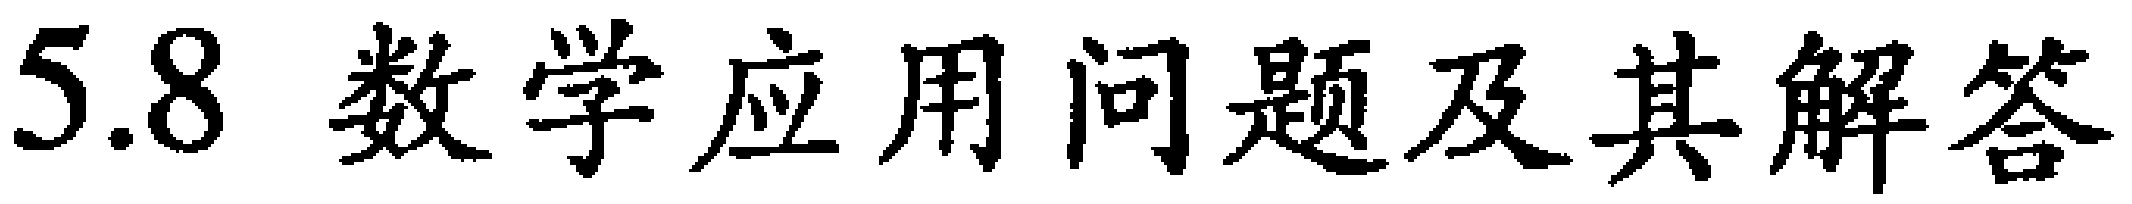
$5.8\  \text{数学应用问题及其解答}$